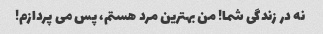
نه در زندگی شما! من بهترین مرد هستم، پس می پردازم!